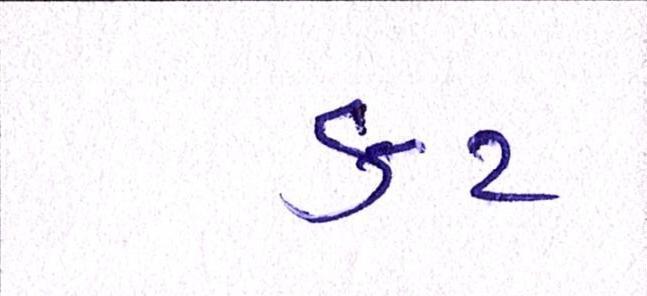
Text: કટ